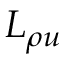
\ L _ { \rho u }